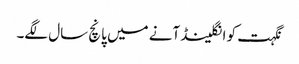
نگہت کو انگلینڈ آنے میں پانچ سال لگے۔